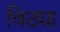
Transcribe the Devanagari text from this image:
विठ्या